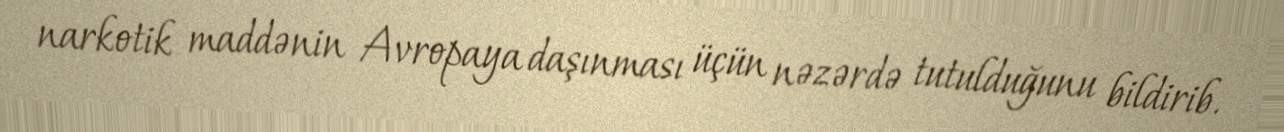
narkotik maddənin Avropaya daşınması üçün nəzərdə tutulduğunu bildirib.